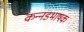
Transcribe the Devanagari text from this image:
कन्‍नडभाषक